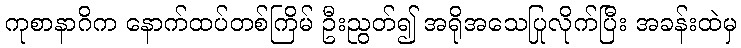
ကုစာနာဂိက နောက်ထပ်တစ်ကြိမ် ဦးညွတ်၍ အရိုအသေပြုလိုက်ပြီး အခန်းထဲမှ